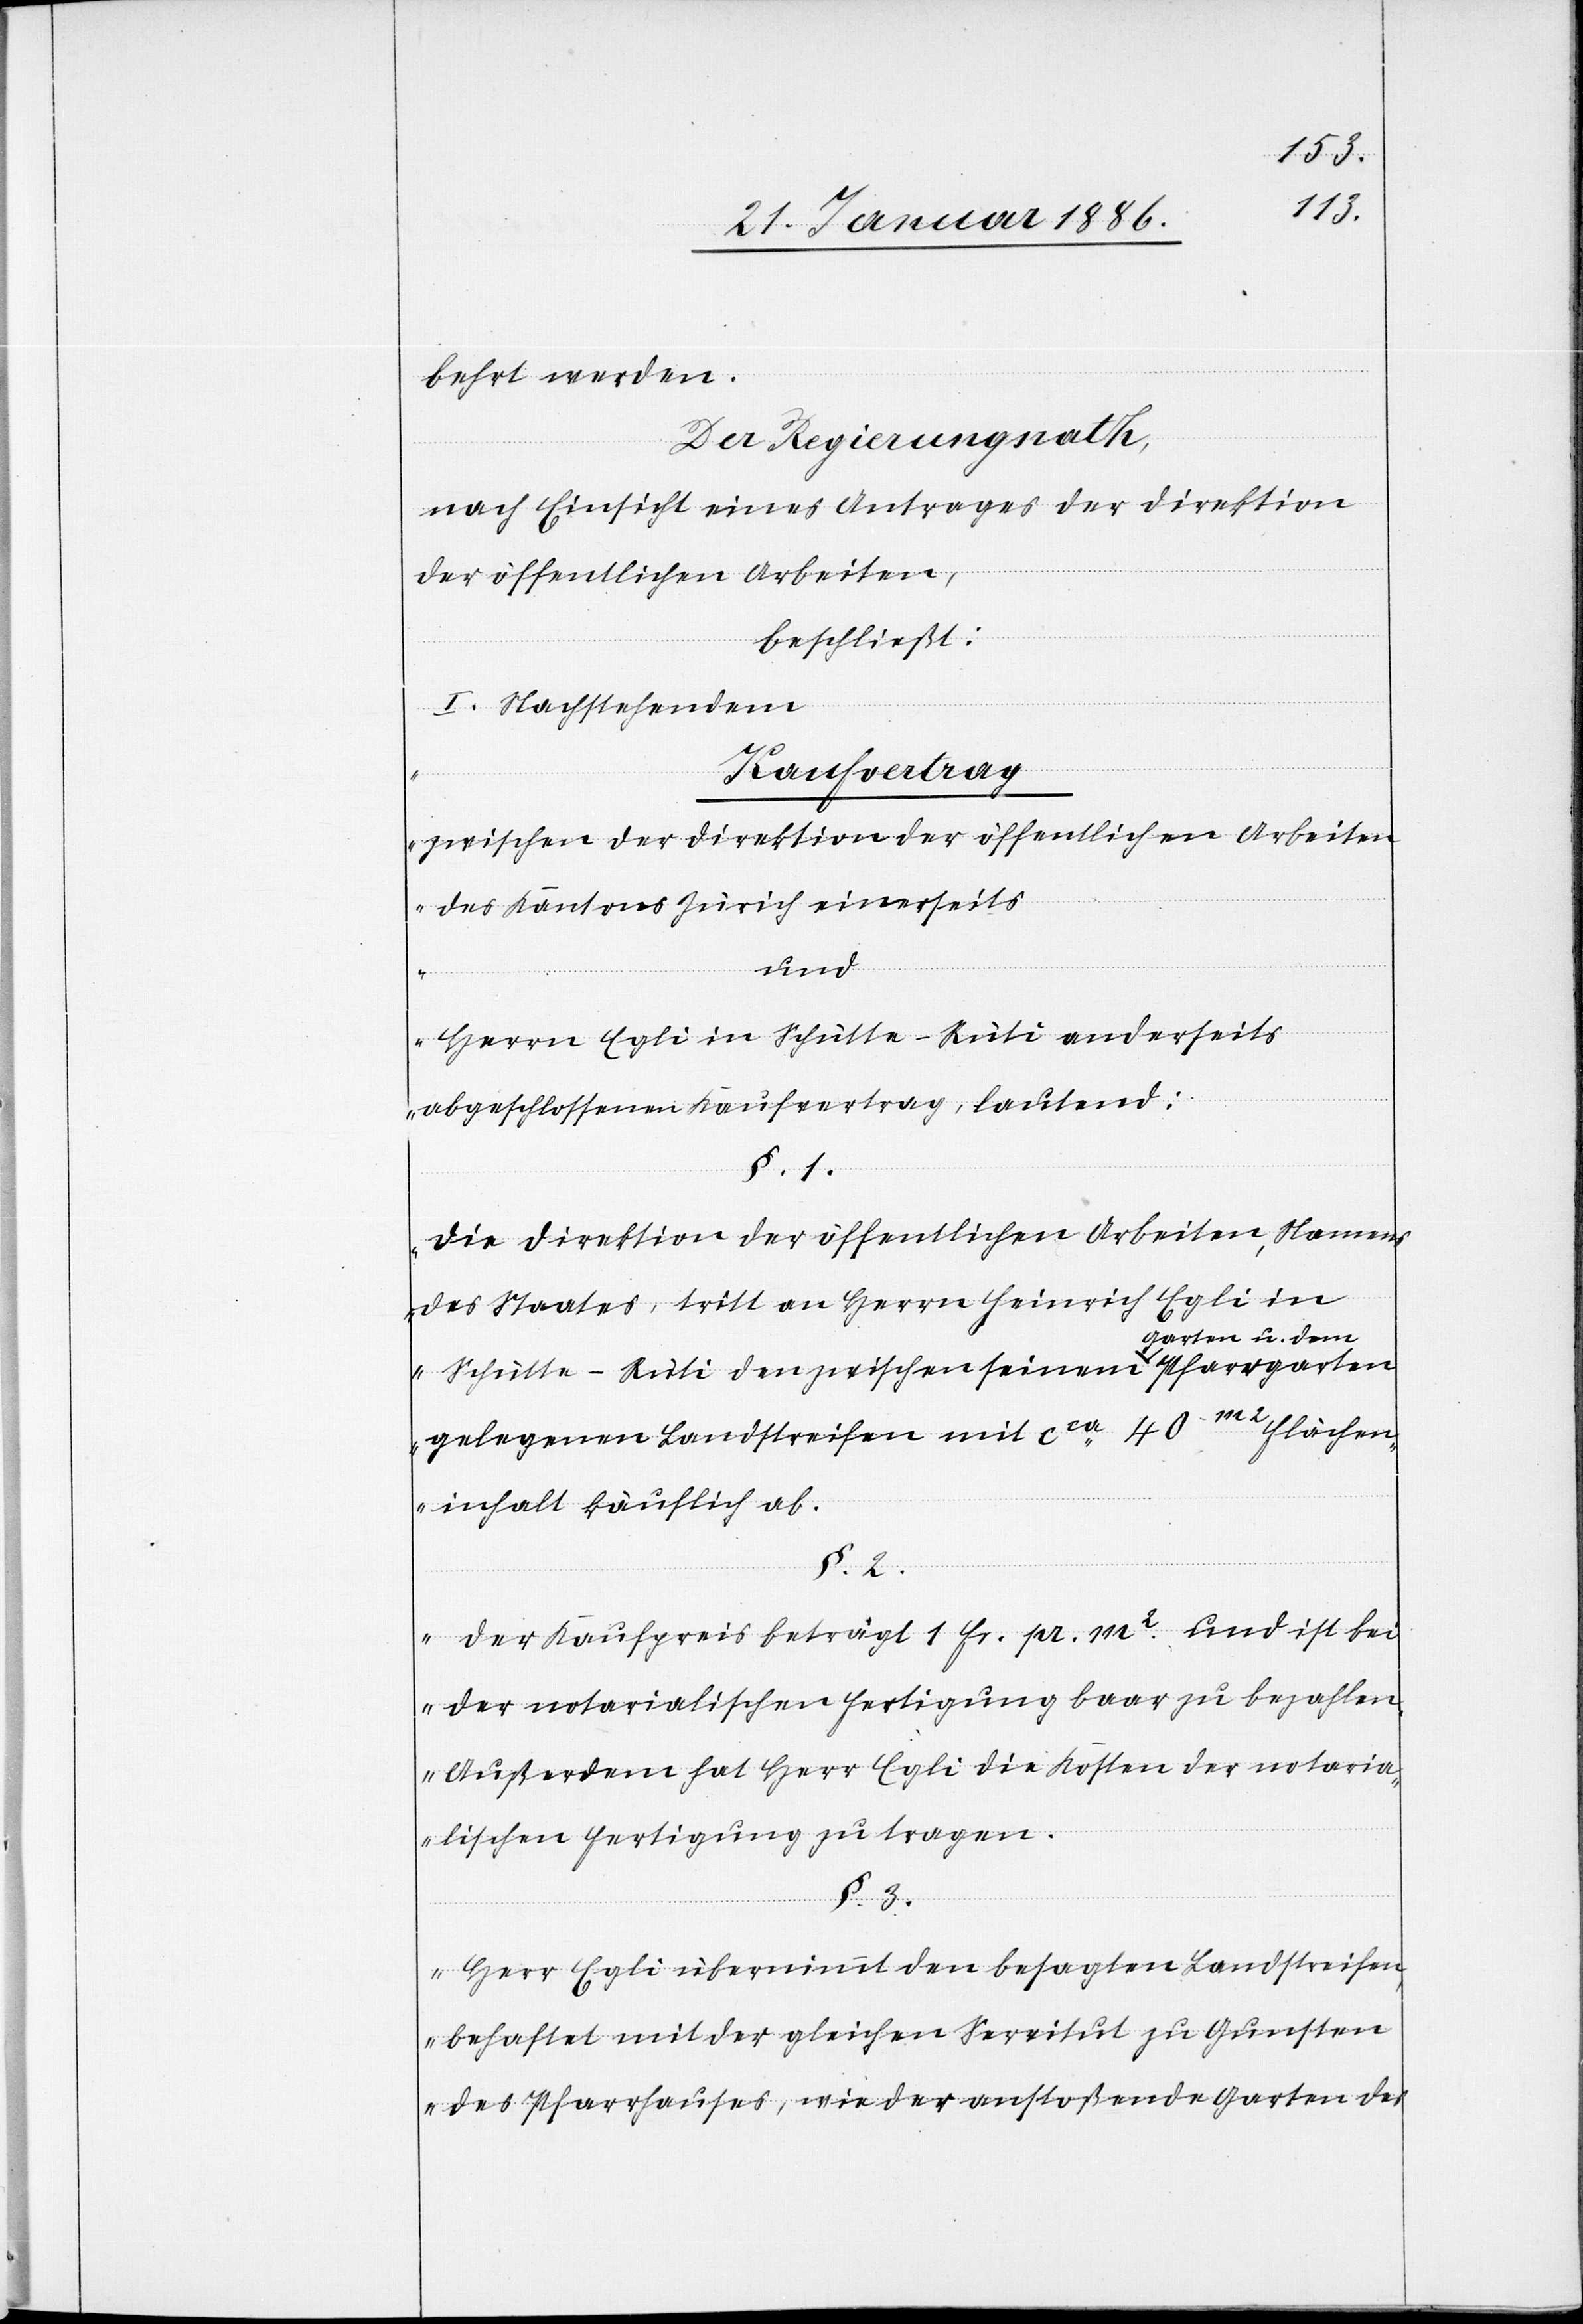
behrt werden.
Der Regierungsrath,
nach Einsicht eines Antrages der Direktion
der öffentlichen Arbeiten,
beschließt:
I. Nachstehenden
„Kaufvertrag
zwischen der Direktion der öffentlichen Arbeiten
des Kantons Zürich einerseits
und
Herrn Egli in Schütte - Rüti anderseits
abgeschlossenem Kaufvertrag, lautend:
§. 1.
Die Direktion der öffentlichen Arbeiten, Namens
des Staates, tritt an Herrn Heinrich Egli in
Schütte - Rüti den zwischen seinem Garten
gelegenen Landstreifen mit cca 40 m2 Flächen¬
inhalt käuflich ab.
§. 2.
Der Kaufpreis beträgt 1 Fr. pr. m2 und ist bei
der notarialischen Fertigung baar zu bezahlen.
Außerdem hat Herr Egli die Kosten der notaria¬
lischen Fertigung zu tragen.
§. 3.
Herr Egli übernimmt den besagten Landstreifen,
behaftet mit der gleichen Servitut zu Gunsten
des Pfarrhauses, wie der anstoßenden Garten des